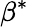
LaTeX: \beta^{*}